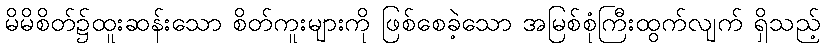
မိမိစိတ်၌ထူးဆန်းသော စိတ်ကူးများကို ဖြစ်စေခဲ့သော အမြစ်စုံကြီးထွက်လျက် ရှိသည့်